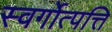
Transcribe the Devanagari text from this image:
स्वर्गोत्पत्ति